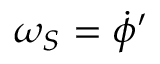
\omega _ { S } = { \dot { \phi } } ^ { \prime }